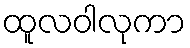
ထူလဝါလုကာ